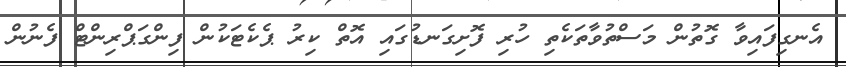
އެނގިފައިވާ ގޮތުން މަސްތުވާތަކެތި ހުރި ފޮށިގަނޑުގައި އޮތް ކިރު ޕެކެޓަކުން ފިންގަޕްރިންޓް ފެނުން